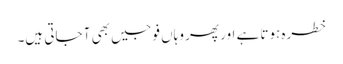
خطرہ ہوتا ہے اور پھر وہاں فوجیں بھی آ جاتی ہیں۔